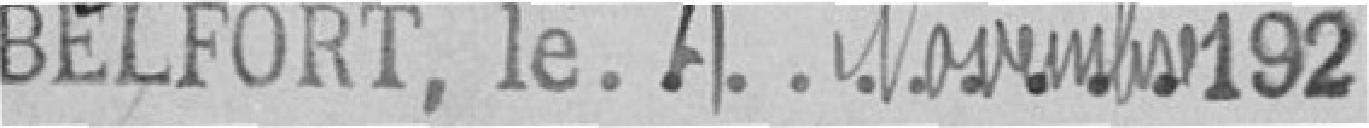
Belfort le 4 novembre 1925